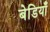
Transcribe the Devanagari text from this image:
बेडियाँ